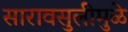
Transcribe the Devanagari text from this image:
सारावसुलीमुळे